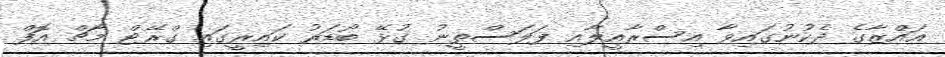
ޣައްޒާގެ ދެކުނުގައިވާ އިސްރާއީލާއި ފަލަސްތީނު ގުޅޭ ބޯޑަރު ކައިރީގައި ގްރޭޓް މާޗް އޮފް